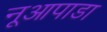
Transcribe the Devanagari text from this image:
नूआपाडा